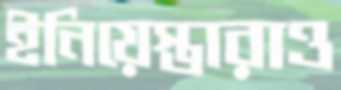
ইনিয়েস্তারাও